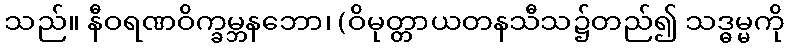
သည်။ နီဝရဏဝိက္ခမ္ဘနဘော၊ (ဝိမုတ္တာယတနသီသ၌တည်၍ သဒ္ဓမ္မကို